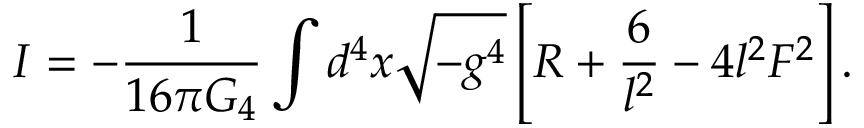
I = - { \frac { 1 } { 1 6 \pi G _ { 4 } } } \int d ^ { 4 } x \sqrt { - g ^ { 4 } } \left[ R + { \frac { 6 } { l ^ { 2 } } } - 4 l ^ { 2 } F ^ { 2 } \right] .